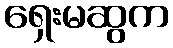
ရှေးမဆွက